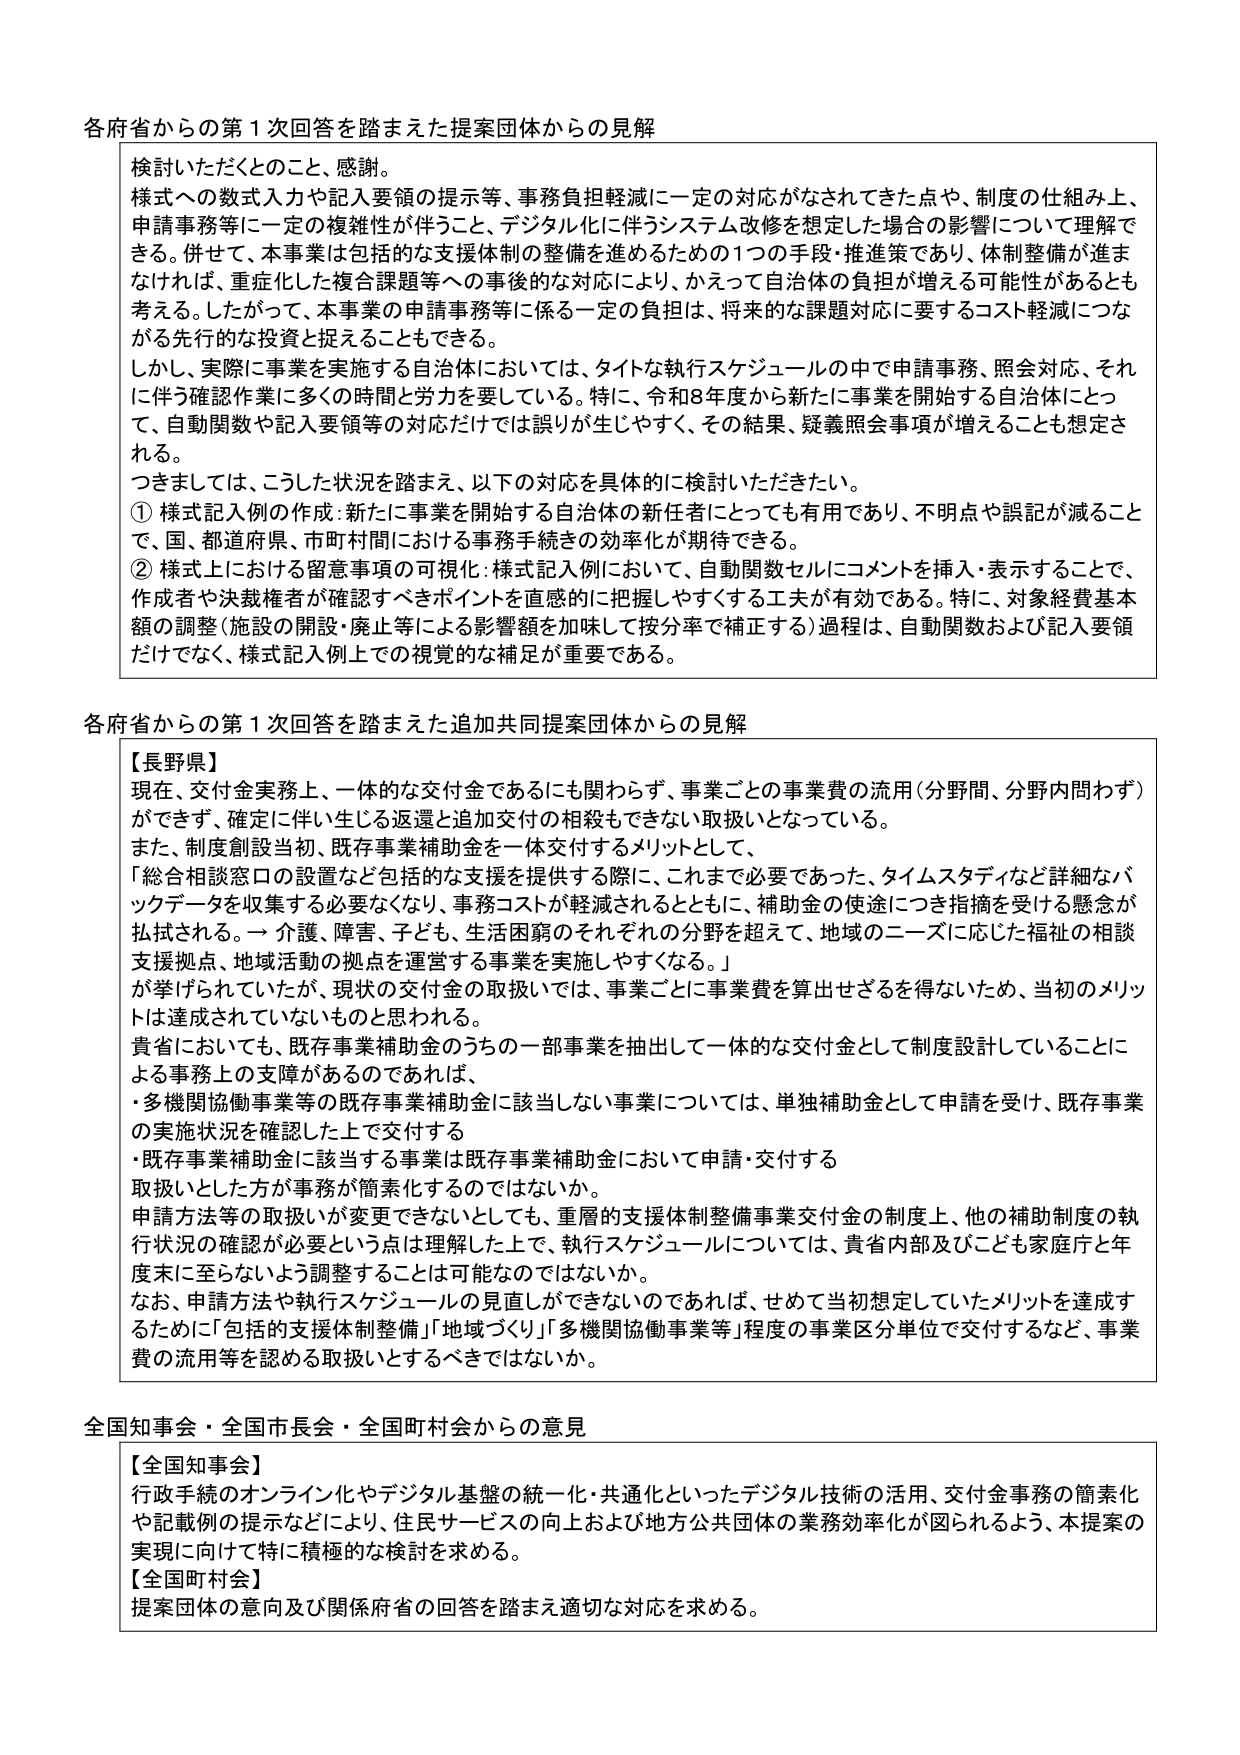
各府省からの第１次回答を踏まえた提案団体からの見解

検討いただくとのこと、感謝。
様式への数式入力や記入要領の提示等、事務負担軽減に一定の対応がなされてきた点や、制度の仕組み上、申請事務等に一定の複雑性が伴うこと、デジタル化に伴うシステム改修を想定した場合の影響について理解できる。併せて、本事業は包括的な支援体制の整備を進めるための1つの手段・推進策であり、体制整備が進まなければ、重症化した複合課題等への事後のな対応により、かえって自治体の負担が増える可能性があるとも考える。したがって、本事業の申請事務等に係る一定の負担は、将来的な課題対応に要するコスト軽減につながる先行的な投資と捉えることもできる。
しかし、実際に事業を実施する自治体においては、タイトな執行スケジュールの中で申請事務、照会対応、それに伴う確認作業に多くの時間と労力を要している。特に、令和8年度から新たに事業を開始する自治体にとって、自動関数や記入要領等の対応だけでは誤りが生じやすく、その結果、疑義照会事項が増えることも想定される。
つぎましては、こうした状況を踏まえ、以下の対応を具体的に検討いただきたい。
① 様式記入例の作成：新たに事業を開始する自治体の新任者にとっても有用であり、不明点や誤記が減ることで、国、都道府県、市町村間ににおける事務手続きの効率化が期待できる。
② 様式上における留意事項の可視化：様式記入例において、自動関数セルにコメントを挿入・表示することで、作成者や決裁権者が確認すべきポイントを直感的に把握しやすくする工夫が有効である。特に、対象経費基本額の調整（施設の開設・廃止等による影響額を加味して按分率で補正する）過程は、自動関数および記入要領だけでなく、様式記入例上での視覚的な補足が重要である。

各府省からの第１次回答を踏まえた追加共同提案団体からの見解

【長野県】
現在、交付金実務上、一体的な交付金であるにも関わらず、事業ごとの事業費の流用（分野間、分野内問わず）ができず、確定に伴い生じる返還と追加交付の相殺もできない取扱いとなっている。
また、制度創設当初、既存事業補助金を一体交付するメリットとして、
「総合相談窓口の設置など包括的な支援を提供する際に、これまで必要であった、タイムスタディなど詳細なバックデータを収集する必要なくなり、事務コストが軽減されるとともに、補助金の使途につき指摘を受ける懸念が払拭される。→ 介護、障害、子ども、生活困窮のそれぞれの分野を超えて、地域のニーズに応じた福祉の相談支援拠点、地域活動の拠点を運営する事業を実施しやすくなる。」
が挙げられていたが、現在の交付金の取扱いでは、事業ごとに事業費を算出せざるを得ないため、当初のメリットは達成されていないものと思われる。
貴省においても、既存事業補助金のうちの一部事業を抽出して一体的な交付金として制度設計していることによる事務上の支障があるのであれば、
・多機関協働事業等の既存事業補助金に該当しない事業については、単独補助金として申請を受け、既存事業の実施状況を確認した上で交付する
・既存事業補助金に該当する事業は既存事業補助金において申請・交付する
取扱いとした方が事務が簡素化するのではないか。
申請方法等の取扱いが変更できないとしても、重層的支援体制整備事業交付金の制度上、他の補助制度の執行状況の確認が必要という点は理解した上で、執行スケジュールについては、貴省内部及びこども家庭庁と年末に至らないよう調整することは可能なのではないか。
なお、申請方法や執行スケジュールの見直しができないのであれば、せめて当初想定していたメリットを達成するために「包括的支援体制整備」「地域づくり」「多機関協働事業等」程度の事業区分単位で交付するなど、事業費の流用等を認める取扱いとするべきではないか。

全国知事会・全国市長会・全国町村会からの意見

【全国知事会】
行政手続のオンライン化やデジタル基盤の統一化・共通化といったデジタル技術の活用、交付金事務の簡素化や記載例の提示などにより、住民サービスの向上および地方公共団体の業務効率化が図られるよう、本提案の実現に向けて特に積極的な検討を求める。
【全国町村会】
提案団体の意向及び関係府省の回答を踏まえ適切な対応を求める。